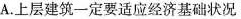
A.上层建筑一定要适应经济基础状况